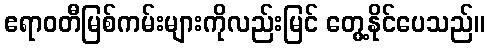
ဧရာဝတီမြစ်ကမ်းများကိုလည်းမြင် တွေ့နိုင်ပေသည်။